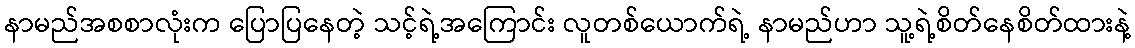
နာမည်အစစာလုံးက ပြောပြနေတဲ့ သင့်ရဲ့အကြောင်း လူတစ်ယောက်ရဲ့ နာမည်ဟာ သူ့ရဲ့စိတ်နေစိတ်ထားနဲ့